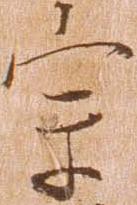
宗